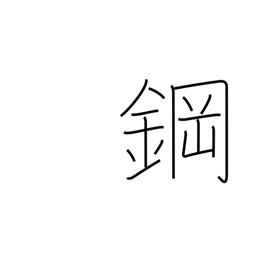
Meaning: steel